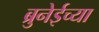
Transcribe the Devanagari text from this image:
ब्रुनेईच्या